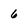
Character: 6